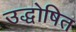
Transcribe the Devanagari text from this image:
उद्धोषित